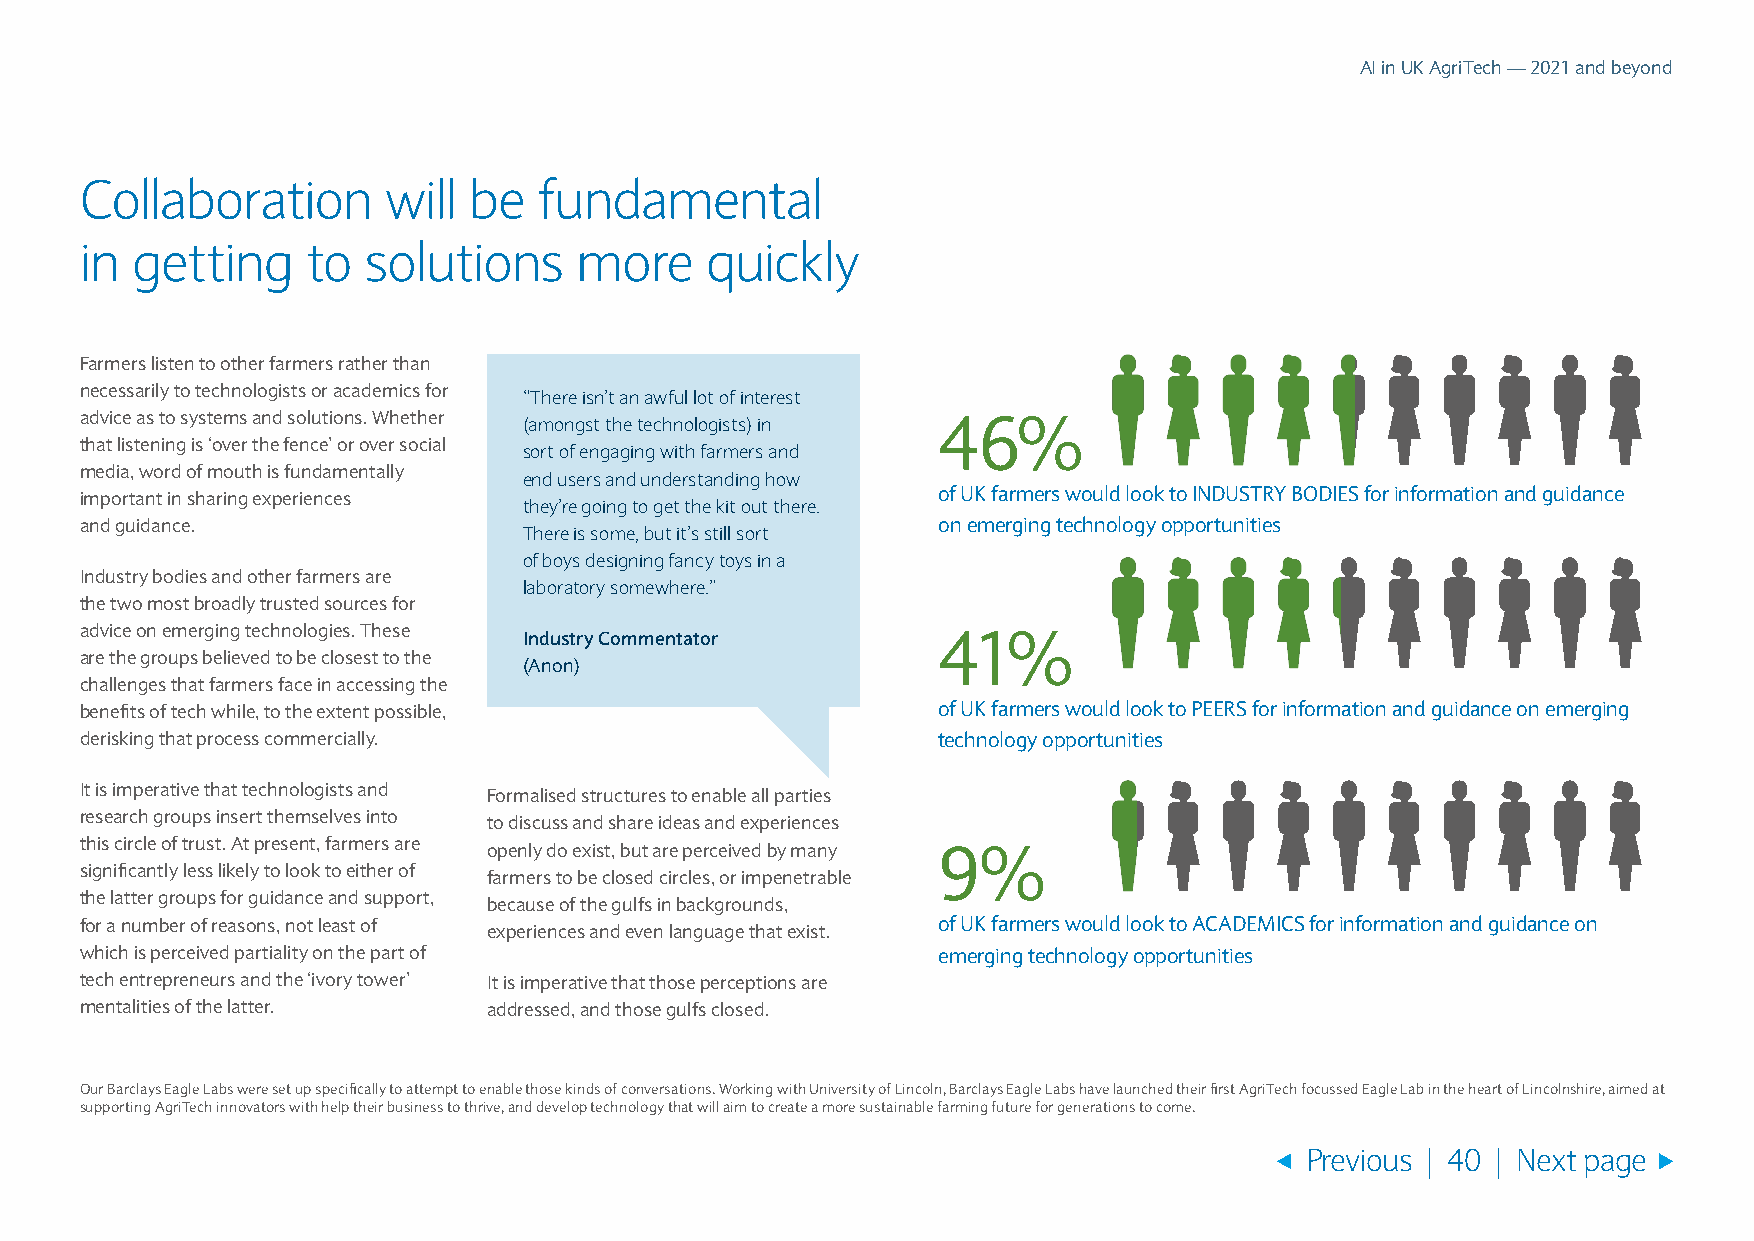
AI in UK AgriTech — 2021 and beyond
 Collaboration       will  be   fundamental
 in  getting    to  solutions     more     quickly
 Farmers listen to other farmers rather than
 necessarily to technologists or academics for
 “There isn’t an awful lot of interest
 advice as to systems and solutions. Whether (amongst the technologists) in 46%
 that listening is ‘over the fence’ or over social
 sort of engaging with farmers and
 media, word of mouth is fundamentally
 end users and understanding how
 important in sharing experiences                         of UK farmers would look to INDUSTRY BODIES for information and guidance
 they’re going to get the kit out there.
 and guidance.                                            on emerging technology opportunities
 There is some, but it’s still sort
 of boys designing fancy toys in a
 Industry bodies and other farmers are
 laboratory somewhere.”
 the two most broadly trusted sources for
 advice on emerging technologies. These Industry Commentator 41%
 are the groups believed to be closest to the
 (Anon)
 challenges that farmers face in accessing the
 benefits of tech while, to the extent possible,          of UK farmers would look to PEERS for information and guidance on emerging
 derisking that process commercially.                     technology opportunities
 It is imperative that technologists and Formalised structures to enable all parties
 research groups insert themselves into to discuss and share ideas and experiences
 this circle of trust. At present, farmers are openly do exist, but are perceived by many 9%
 significantly less likely to look to either of farmers to be closed circles, or impenetrable
 the latter groups for guidance and support, because of the gulfs in backgrounds,
 for a number of reasons, not least of experiences and even language that exist. of UK farmers would look to ACADEMICS for information and guidance on
 which is perceived partiality on the part of             emerging technology opportunities
 tech entrepreneurs and the ‘ivory tower’ It is imperative that those perceptions are
 mentalities of the latter. addressed, and those gulfs closed.
 Our Barclays Eagle Labs were set up specifically to attempt to enable those kinds of conversations. Working with University of Lincoln, Barclays Eagle Labs have launched their first AgriTech focussed Eagle Lab in the heart of Lincolnshire, aimed at
 supporting AgriTech innovators with help their business to thrive, and develop technology that will aim to create a more sustainable farming future for generations to come.
 Previous | 40 | Next page